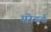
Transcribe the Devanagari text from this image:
गोडर्ड